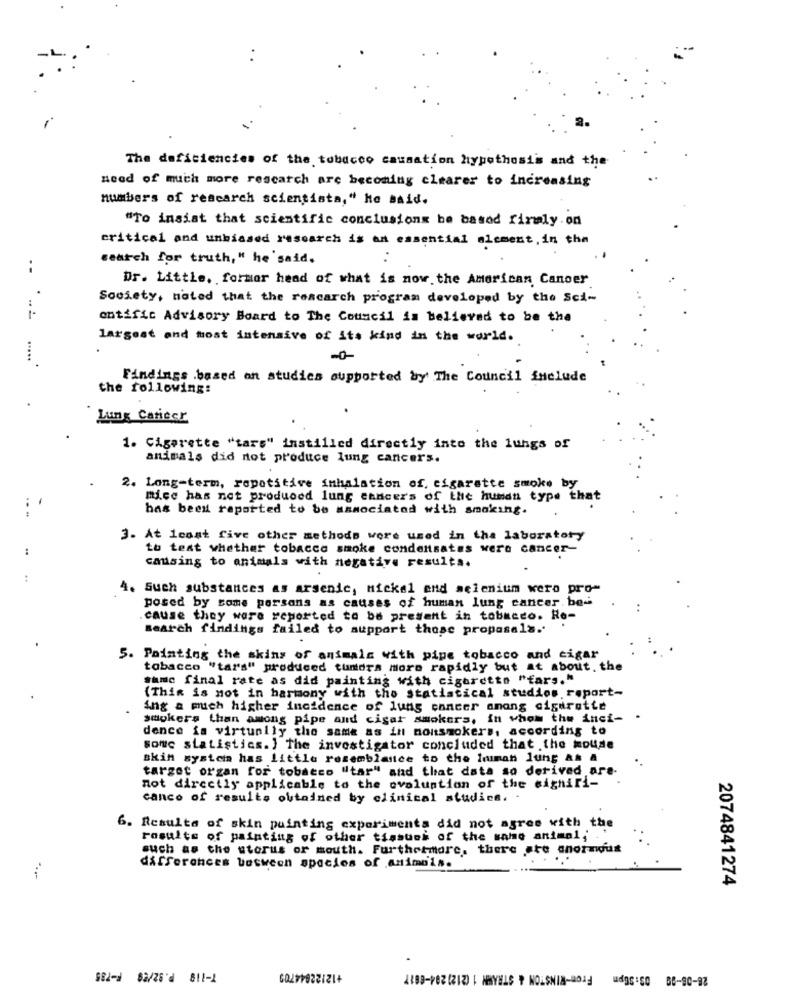
The deficiencies of the tobacco causation hypothesiis and the
need of much more rescarch are becoming clearer to increasing
numbers of research scientista," he said.
"To insist that scientific conclusions be based firmly.on
critical and unbiased research is an essential alement, in the
search for truth, " he'said.
..
Dr. Little, former head of what is now the American Canoer
Society, noted that the rescarch program developed by the Sci-
entific Advisory Board to The Council is believed to be the
largest and most intensive of its kind in the world.
Findings .based on studies supported by The Council SHelude
the following:
Lung Cariecr
1. Cigarette "tars" instilled directly into the lungs of
animals did not produce lung cancers.
2. Long-term, repetitive inhalation of. cigarette smoke by
mice has not produoed lung cancer's of the human type that
.. .
has been reported to be associated with smoking.
3. At least five other methods were used in the laboratory
to test whether tobacco smoke condensates were cancer-
causing to animals with negative results.
4. Such substances as arsenic, nickel end selenium wero pro-
posed by some persons as causes of human lung cancer. be-
.cause they were reported to be present in tobacco. Re-
search findings failed to support those proposals ..
5. Painting the skins of animals with pipe tobacco and cigar
tobacco "tars" produced tundra more rapidly but at about. the
same final rate as did painting with cigarette "fars."
(This is not in harmony with the statistical studios report-
ing a much higher incidence of lung cancer among cigarette
smokers than among pipe and cigar smokers, in whom the inci-
dence is virtually the same as in nonsmokers, according to
Sonc statistics. } The investigator concluded that the moutde
skin system has little resemblance to the human lung As A
target organ for tobacco "tar" and that data so derived are-
not directly applicable to the evaluation of the sighiri-
canco of results obtained by clinical studies. .
6. Resulta of skin puinting experiments did not agree with the
results of painting of other tissues of the same animal
such as the storus or mouth. Furthermore, there are anornous
differences between species of animals.
2074841274
+12122844709
From-WINSTON & STRAMN 1 (212) 204-6817